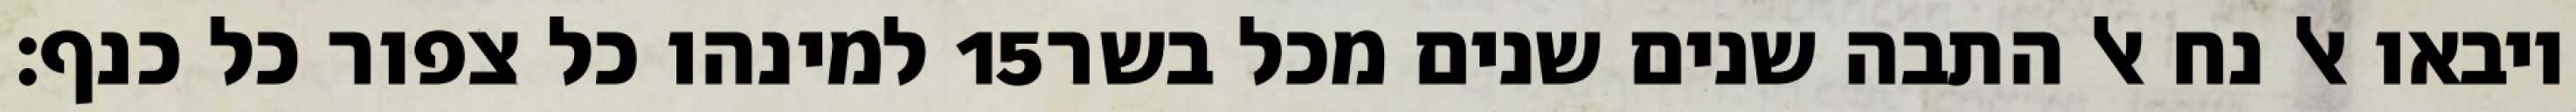
למינהו כל צפור כל כנף׃ ‎15‏ ויבאו אל נח אל התבה שנים שנים מכל בשר